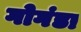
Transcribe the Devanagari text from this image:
गोगंडा